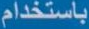
باستخدام